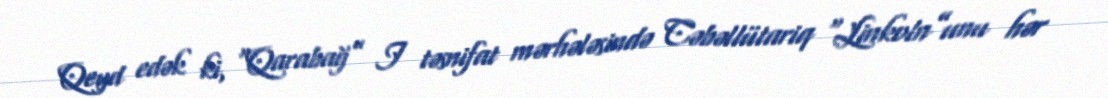
Qeyd edək ki, “Qarabağ” I təsnifat mərhələsində Cəbəllütariq “Linkoln”unu hər